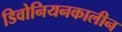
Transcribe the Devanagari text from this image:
डिवोनियनकालीन